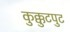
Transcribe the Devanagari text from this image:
कुक्कुटपुट